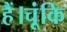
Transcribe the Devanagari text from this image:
हैं।चूंकि